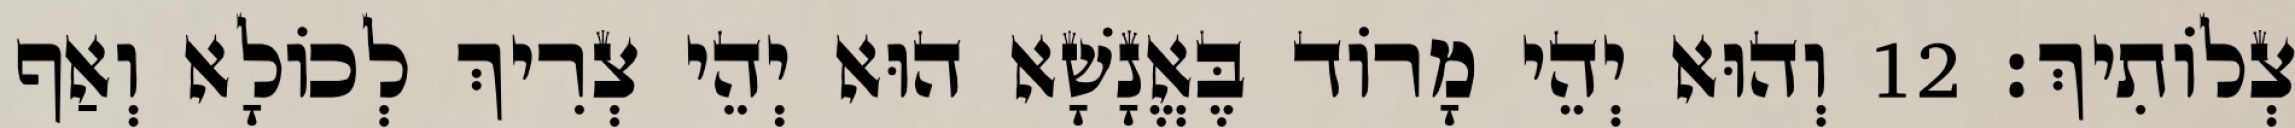
צְלוֹתִיךְ׃ 12 וְהוּא יְהֵי מָרוֹד בֶּאֱנָשָׁא הוּא יְהֵי צְרִיךְ לְכוֹלָא וְאַף